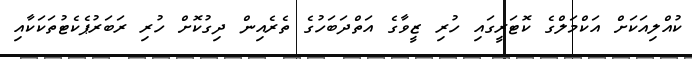
ކުއްލިއަކަށް އަކްމަލްގެ ކޮޓަރީގައި ހުރި ޒީވާގެ އަތްދަބަހުގެ ތެރެއިން ދިގުކޮށް ހުރި ރަބަރުޕެކެޓުތަކަކާއި